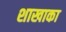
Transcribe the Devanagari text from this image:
शाखाका